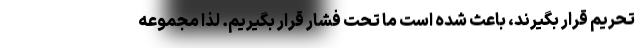
تحریم قرار بگیرند، باعث شده است ما تحت فشار قرار بگیریم. لذا مجموعه